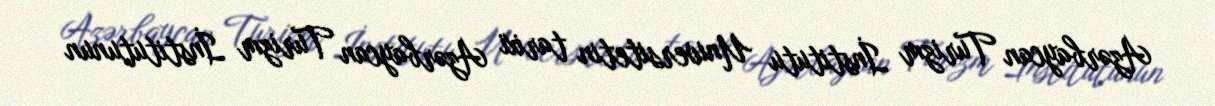
Azərbaycan Turizm İnstitutu Universitetin tarixi Azərbaycan Turizm İnstitutunun